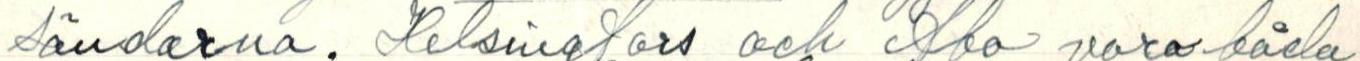
sändarna. Helsingfors och Abo vara båda